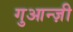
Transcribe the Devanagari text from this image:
गुआन्ज़ी